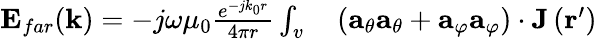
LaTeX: \begin{array}{rl}{\mathbf{E}_{far}(\mathbf{k})=-j\omega\mu_{0}\frac{e^{-jk_{0}r}}{4\pi r}\int_{v}}&{{}\left(\mathbf{a}_{\theta}\mathbf{a}_{\theta}+\mathbf{a}_{\varphi}\mathbf{a}_{\varphi}\right)\cdot\mathbf{J}\left(\mathbf{r}^{\prime}\right)}\end{array}